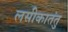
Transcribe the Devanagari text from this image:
लसीकातंतु